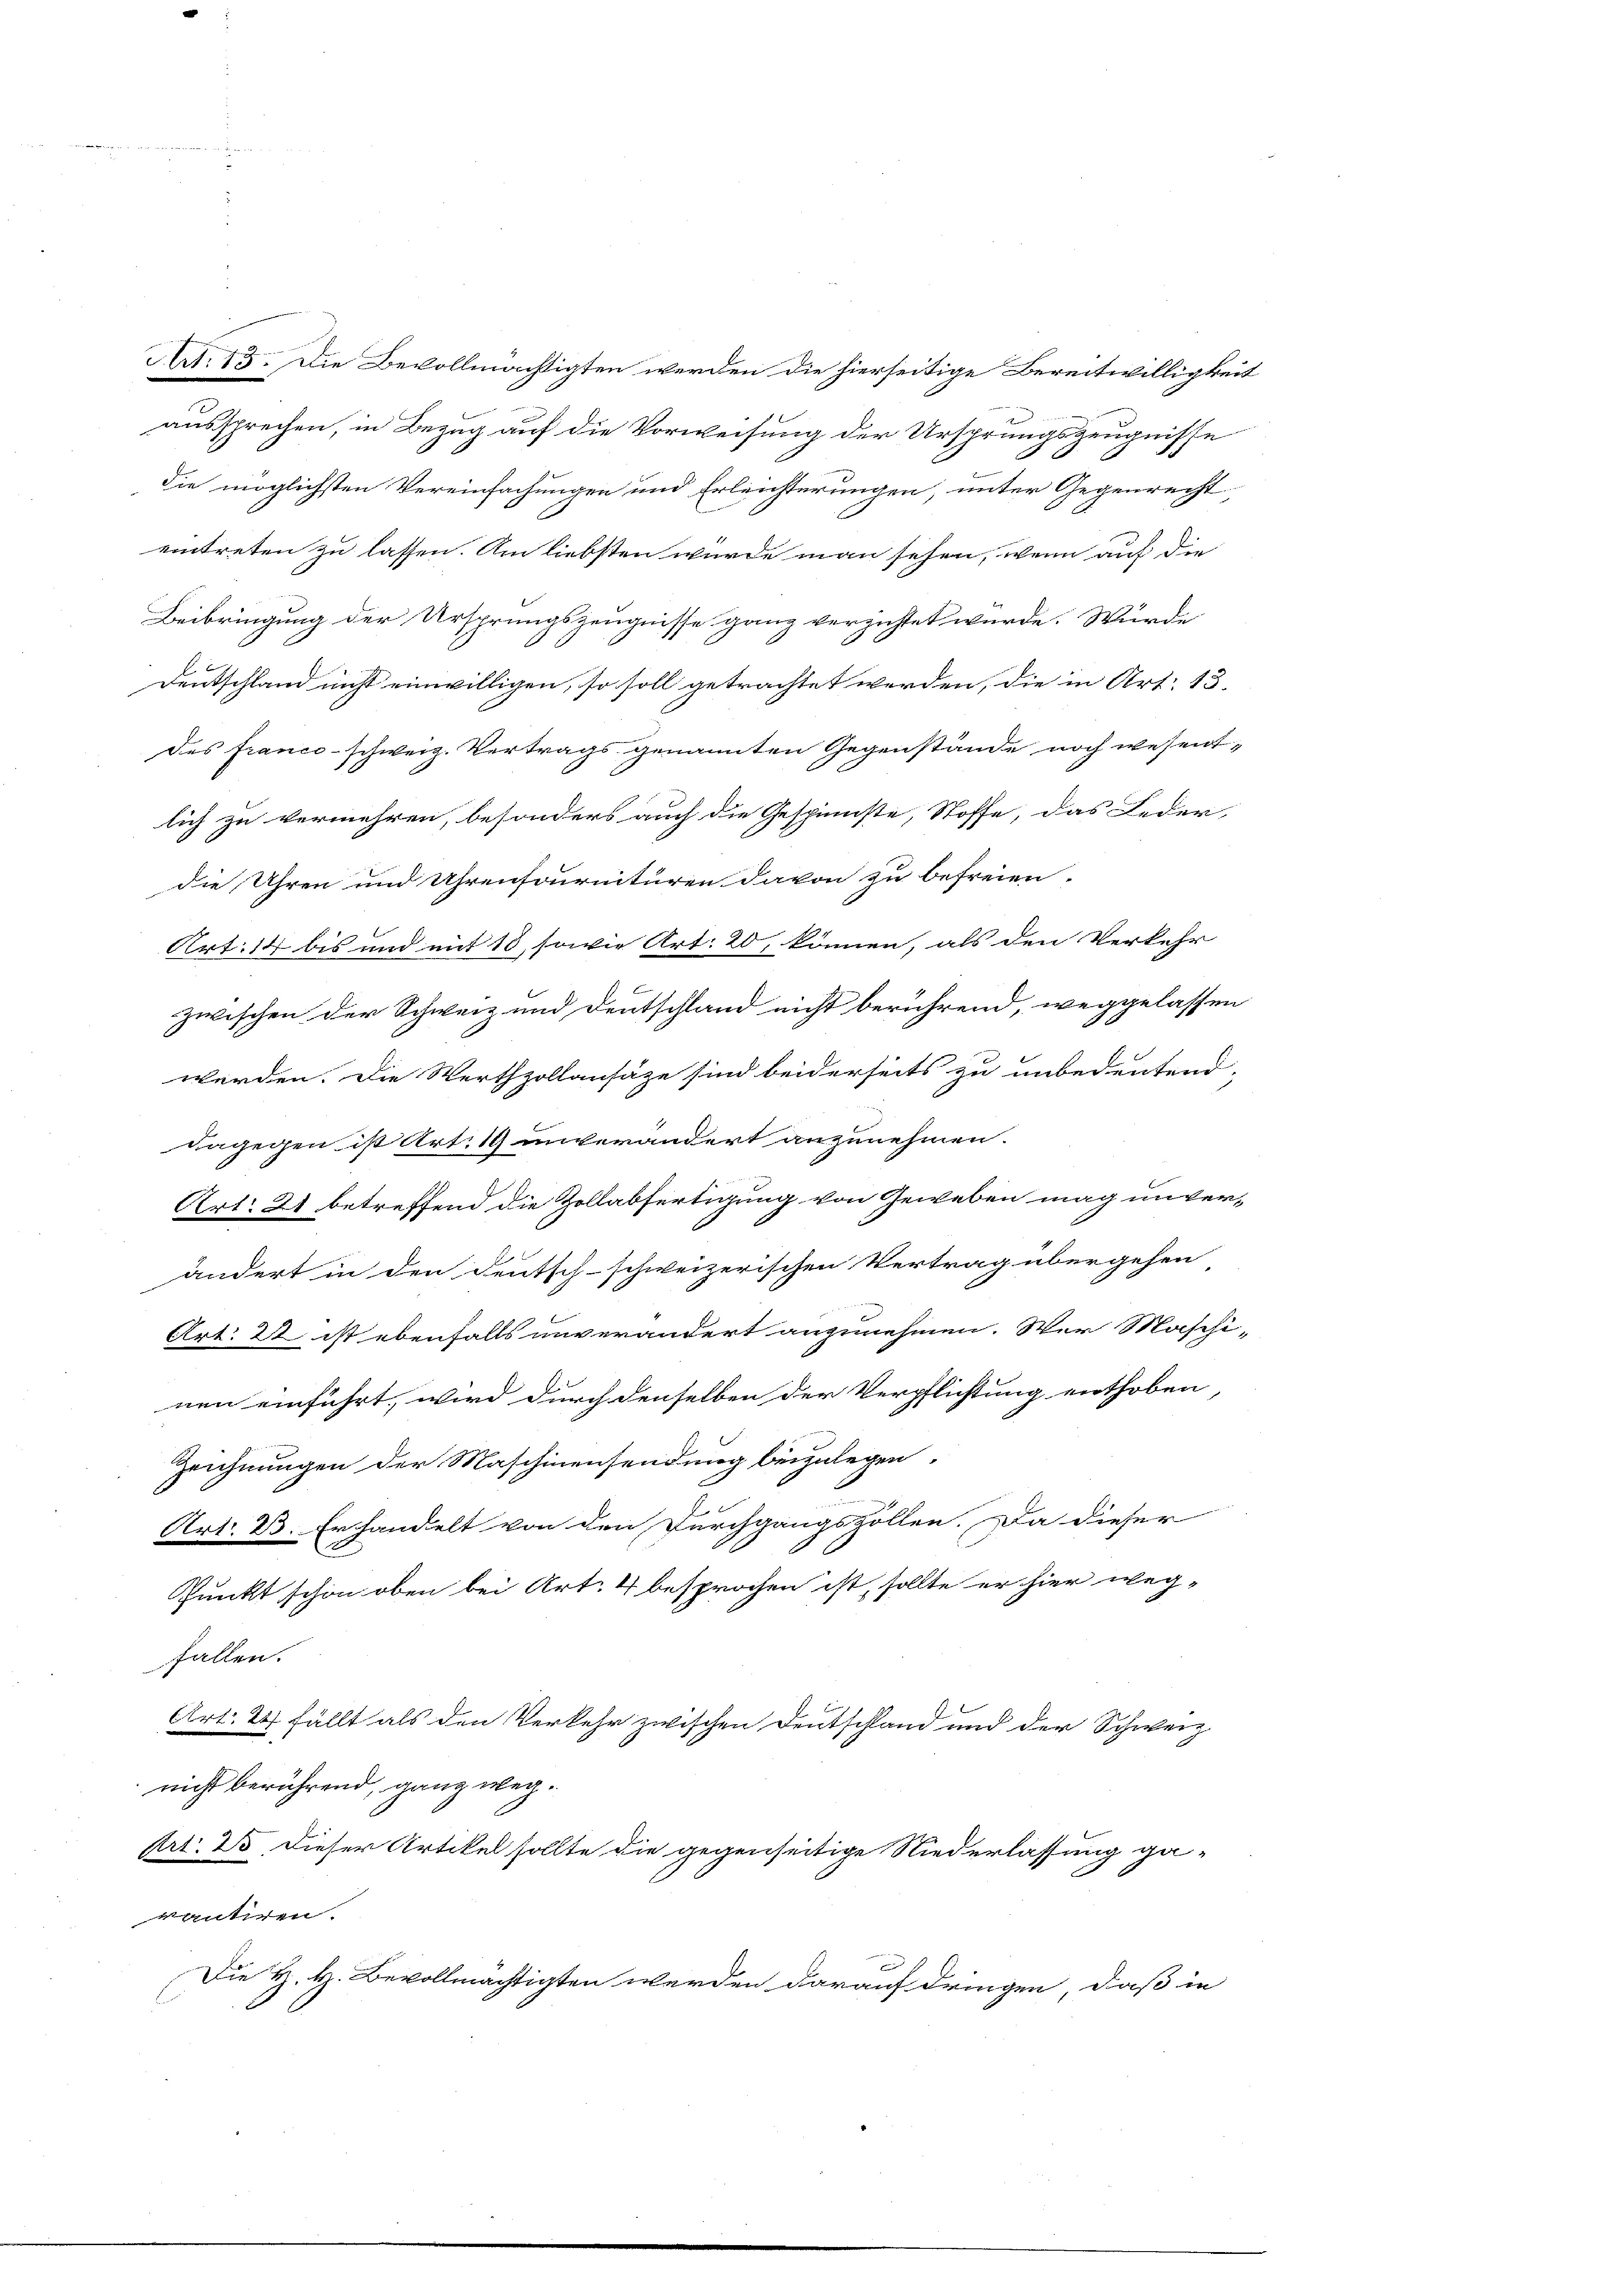
Art. 15. Die Bevollmächtigten werden die hierseitige Bereitwilligkeit

aussprechen, in Bezug auf die Vorweisung der Ursprungszeugnisse
die möglichsten Vereinfachungen und Erleichterungen, unter Gegenrecht
eintreten zu lassen. Am liebsten würde man sehen, wenn auf die
Beibringung der Ursprungszeugnisse ganz verzichtet wurde. Würde
Deutschland nicht einwilligen, so soll getrachtet werden, die in Art. 13.
des franco-schweiz. Vertrags genannten Gegenstände noch wesent-
lich zu vermehren, besonders auch die Gespinnste, Stoffe, das Leder,
die Uhren und Uhrensournituren davon zu befreien.
Art. 14 bis und mit 13, sowie Art. 20, können, als den Verkehr
zwischen der Schweiz und Deutschland nicht berührend, weggelassen
werden. Die Werthzollansätze sind beiderseits zu unbedeutend,
dagegen ist Art. 19 unverändert anzunehmen.
Art. 21 betreffend die Zollabfertigung von Geweben mag unver-
ändert in den Deutsch-schweizerischen Vertrag übergehen
Art. 22 ist ebenfalls unverändert anzunehmen. Wer Maschi-
nen einführt, wird durch denselben der Verpflichtung enthoben,
Zeichnungen der Maschinensendung beizulegen.
Art. 23. Er handelt von den Durchgangszollen. Da dieser
Punkt schon oben bei Art. 4 besprochen ist, sollte er hier weg-
fallen.
Art. 24 fällt als den Verkehr zwischen Deutschland und der Schweiz
nicht berührend, ganz weg¬
Art. 25. dieser Artikel sollte die gegenseitige Niederlassung ga-
vantiren.
n
Die H. H. Bevollmächtigten werden darauf dringen, daß in